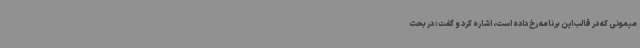
میمونی که در قالب این برنامه رخ داده است، اشاره کرد و گفت: در بحث